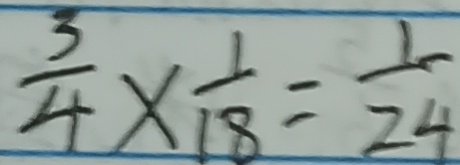
\frac { 3 } { 4 } \times \frac { 1 } { 1 8 } = \frac { 1 } { 2 4 }